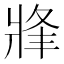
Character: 𤖀